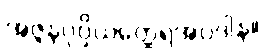
အဇ္ဇနပုပ္ဖိယတ္ထေရအပဒါန။